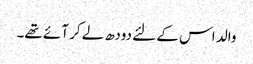
والد اس کے لئے دودھ لے کر آئے تھے۔